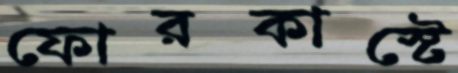
ফোরকাস্টে